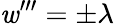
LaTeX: \mathit{w}^{\prime\prime\prime}=\pm\lambda